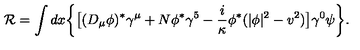
{ \cal R } = \int d x \biggl \{ \bigl [ ( D _ { \mu } \phi ) ^ { * } \gamma ^ { \mu } + N \phi ^ { * } \gamma ^ { 5 } - { \frac { i } { \kappa } } \phi ^ { * } ( | \phi | ^ { 2 } - v ^ { 2 } ) \bigr ] \gamma ^ { 0 } \psi \biggr \} .